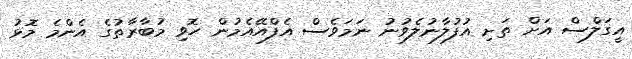
އީގަލްސް އަށް ތަށި އުފުލާނުލެވުނު ނަމަވެސް އެފްއޭއެމުން ހޮވި މުބާރާތުގެ އެންމެ މޮޅު